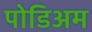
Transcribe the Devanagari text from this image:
पोडिअम